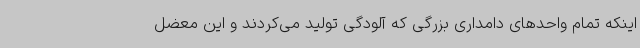
اینکه تمام واحدهای دامداری بزرگی که آلودگی تولید می‌کردند و این معضل